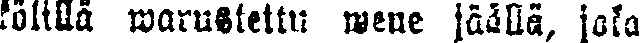
kölillä warustettu wene jäällä, joka